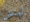
لينش